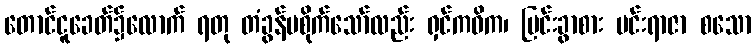
တောင်ငူခေတ်၌လောက် ရတု တံခွန်မစိုက်သော်လည်း ရှင်ကဝိက၊ မြင်းခွာစား မင်းရာဇာ စသော